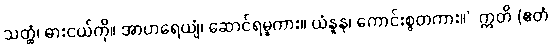
သတ္ထံ၊ ဓားငယ်ကို။ အာဟရေယျံ၊ ဆောင်ရမူကား။ ယံနူန၊ ကောင်းစွတကား။” ဣတိ (ဧတံ